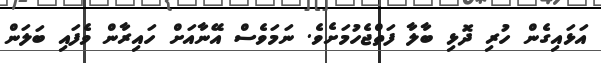
އަޅައިގެން ހުރި ދޮޅި ބާލާ ފަތްޖެހުމަށެވެ. ނަމަވެސް އޭނާއަށް ހައިރާން ވެފައި ބަލަން